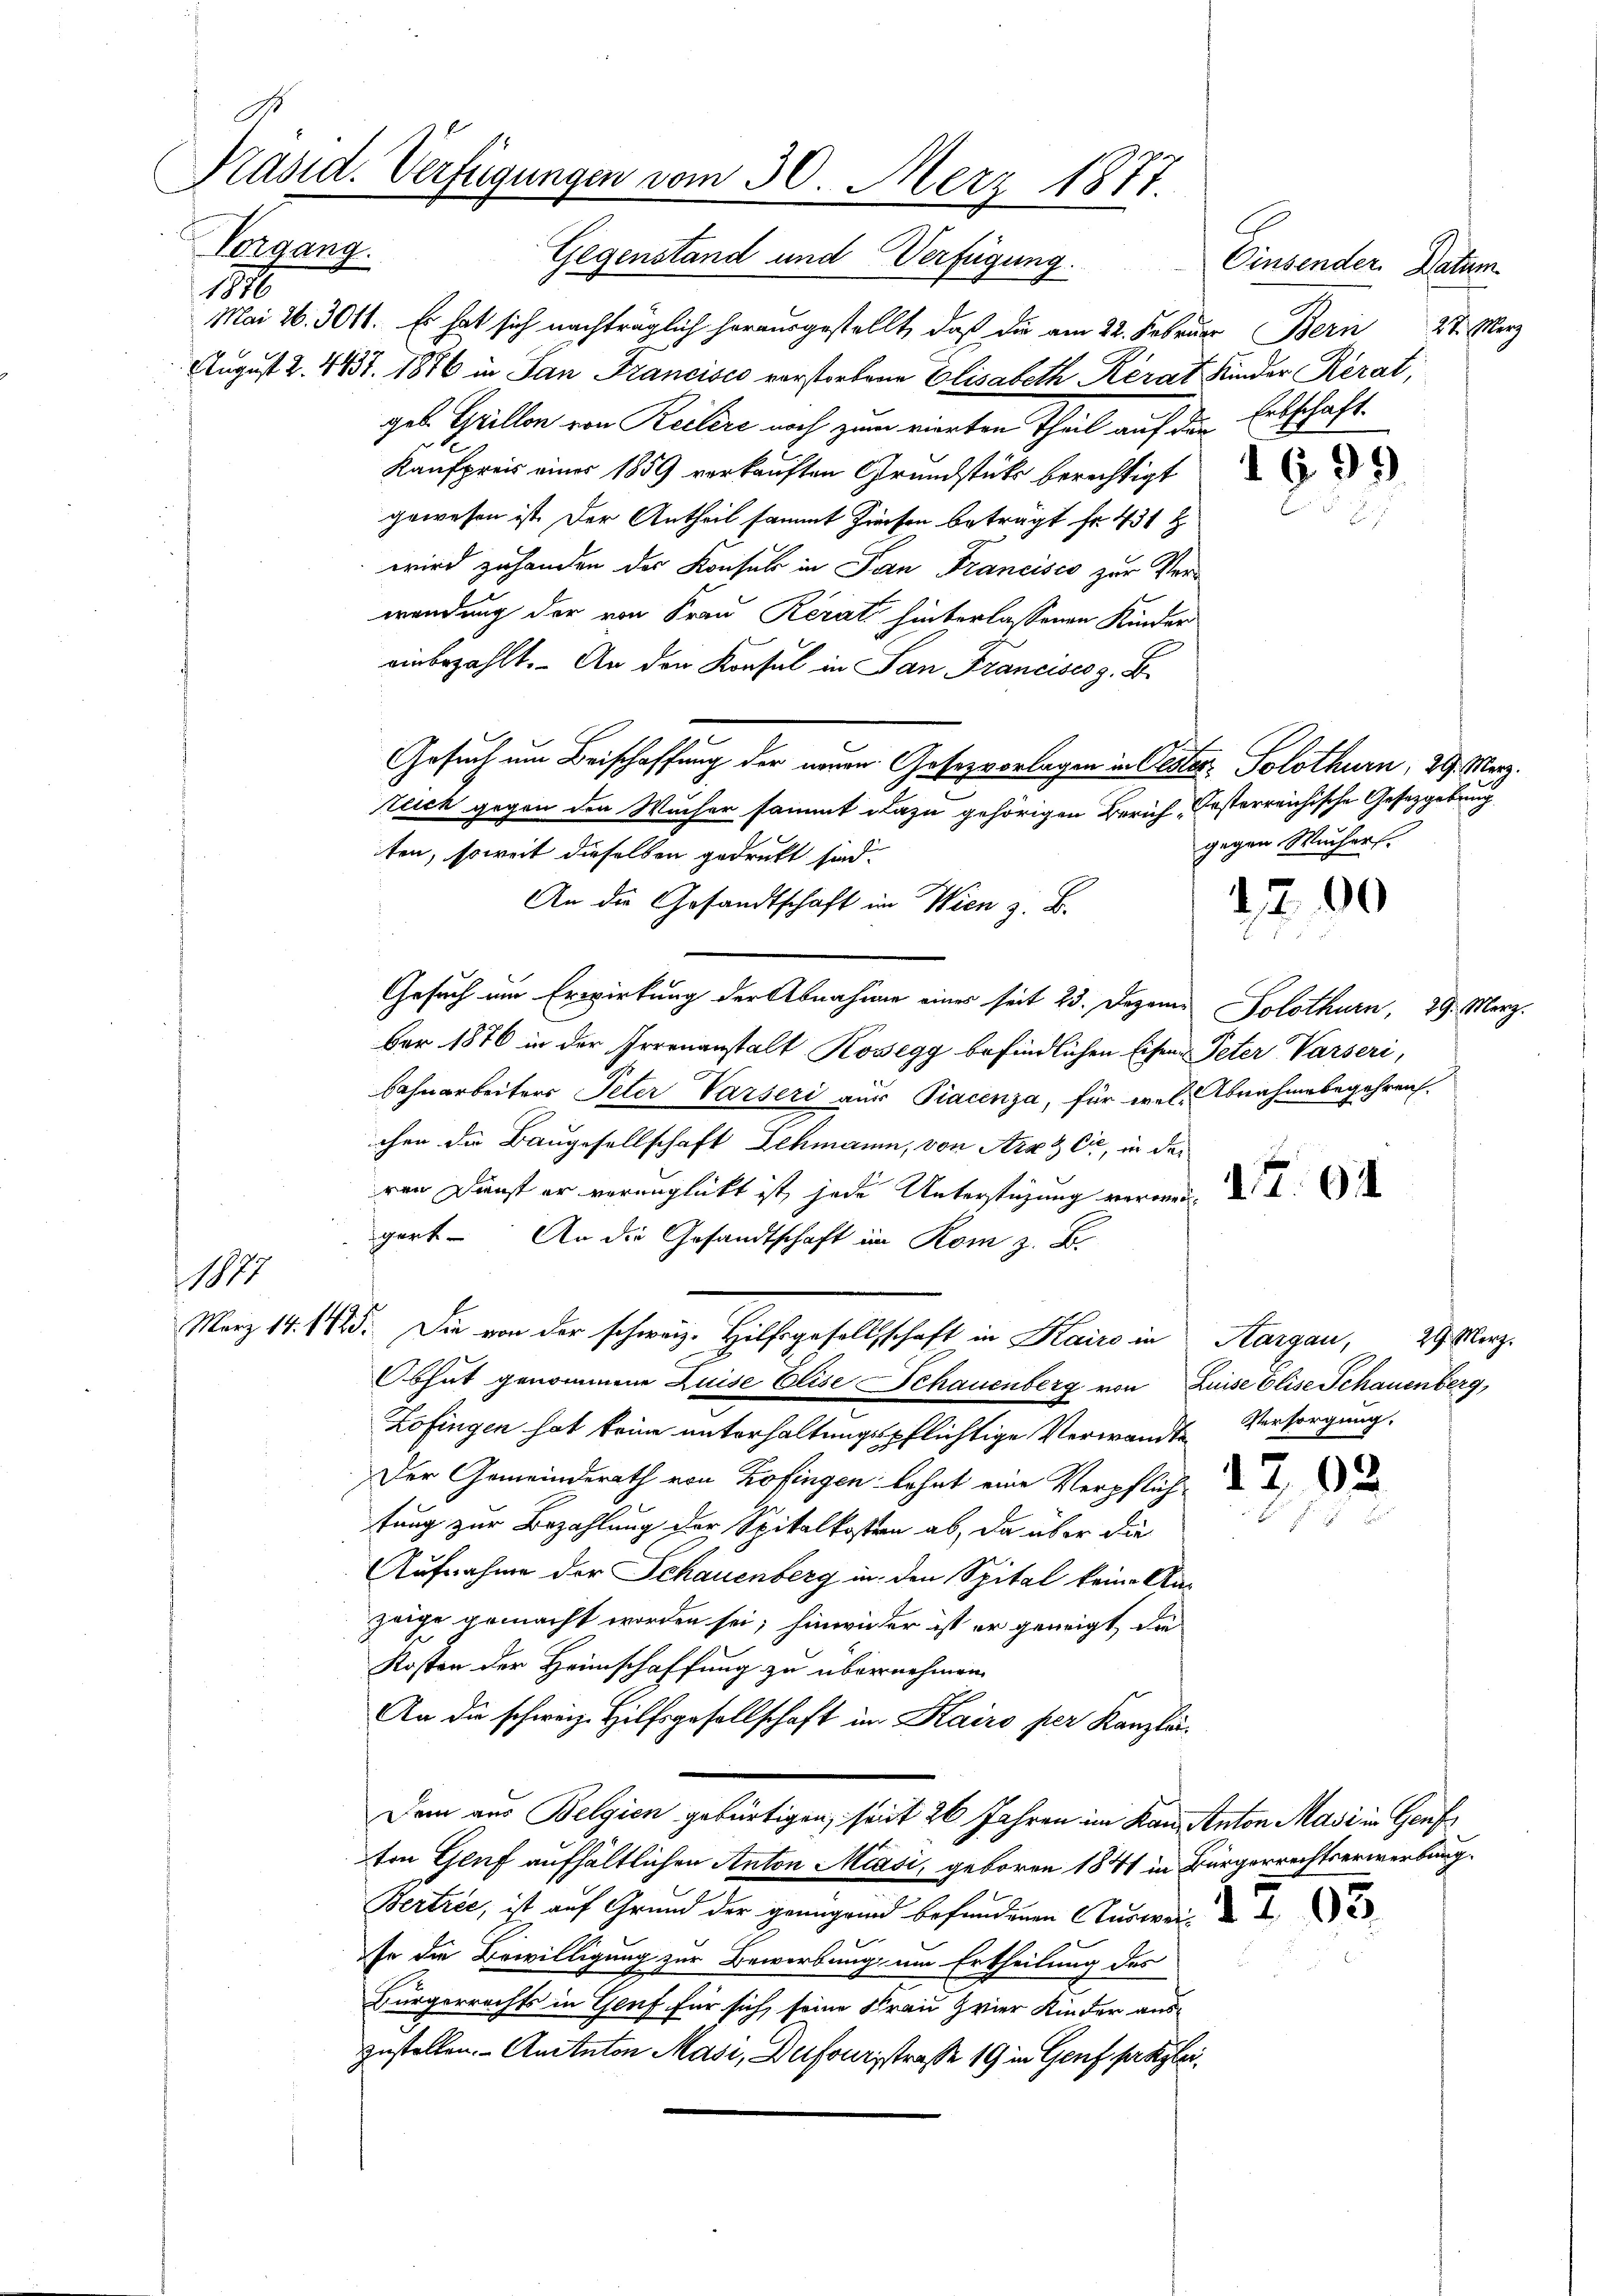
.
Präsid. Verfügungen vom 30. Merz 1877.
Vergang.

Gegenstand und Verfügung.
Mai 16. 3011. Es hat sich nachträglich herausgestellt, daß die am 22. Februar Bern 27. März
6
August 2. 4437. 1876 in San Francisco vorstorbene Elisabeth Kerat Kinder Rerat,
geb Grillon von Reitere noch zum vierten Theil auf den Erbschaft
Kaufpreis einer 1859 verkauften Grundstutz berechtigt d
gewesen ist. Der Antheil sammt Zinsen beträgt Fr. 431 t
wird zuhanden der Konsul in San Francisco zur Verwendung der von Frau Rerati hinterlassenen Kinder
einbezahlt. An den Konsul in San Francises z. B.
l
Gesuch um Beischaffung der neuen Gesezvorlagen in Oester, Solothurn, 29. März.
Zeich gegen den Wucher sammt dazu gehörigen Zürich Ersterreichische Gesetzgebung
ten, soweit dieselben gedrukt sind.
An die Gesandtschaft im Wien z. B.
Gesuch um Erwirkung der Abnahme eines seit 23. Dezem. Solothurn, 29. März.
ber 1876 in der Irrenanstalt Kosegg befindlichen Eisen-Peter Varseri,
bahnarbeiters Peter Varseri aus Piacenza, für wel- Abnahmebegehren.
chen die Baugesellschaft Lehmann, von Arx & Cie, in der
ren Dunst er verunglückt ist, jede Unterstüzung veran
gert. An die Gesandtschaft im Rom z. B.
1877
März 14. 115. Die von der schweiz. Hilfsgesellschaft in Hairs in Aargau, 29. März.
Obhut genommene Luise Elise Schauenberg von Luise Elise Schauenberg,
Zofingen hat keine unterhaltungspflichtige Verwandte Versorgung.
Der Gemeinderath von Zofingen lehnt eine Verpflich
tung zur Bezahlung der Spitalkosten ab, da über die
Aufnahme der Schauenberg in den Spital keine Aazeige gemacht worden sei; hinwieder ist er geneigt, die
Kosten der Heimschaffung zu übernehmen.
An die schweiz. Hilfsgesellschaft im Kairo per Kanzlä¬
Dem aus Belgien gebürtigen, seit 26 Jahren im Kan Anton Masi in Genf
ten Genf aufhältlichen Anton Miasi, geboren 1841 in Bürgerrechtserwerbung.
Bertrée, ist auf Grund der genügend befundenen Auswei
so die Bewilligung zur Bewerbung um Ertheilung des
Bürgerrechts in Genf für sich seine Frau vier Kinder aus-
zustellen. - Anitaton Masi, Dufouristrasse 19 in Genf præslei¬

176.

Cinsender Datum

gegen Wuchers.

1200